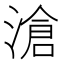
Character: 滄